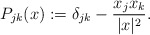
\begin{align*}P_{jk}(x):= \delta_{jk} - \frac{x_jx_k}{|x|^2}.\end{align*}